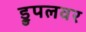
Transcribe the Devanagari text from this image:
ड्रुपलवर